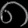
Digit: ၈